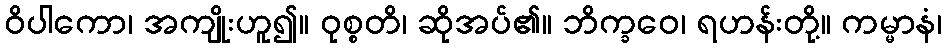
ဝိပါကော၊ အကျိုးဟူ၍။ ဝုစ္စတိ၊ ဆိုအပ်၏။ ဘိက္ခဝေ၊ ရဟန်းတို့။ ကမ္မာနံ၊